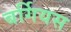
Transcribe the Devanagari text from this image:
बर्गियस